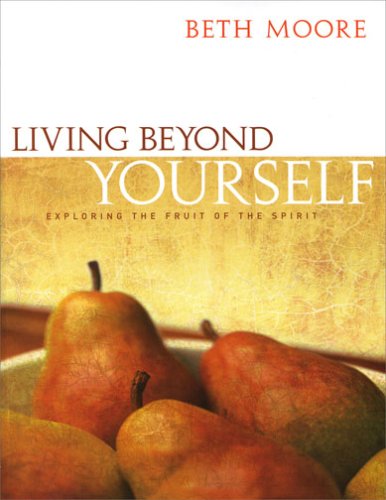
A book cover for Living Beyond Yourself: Exploring the Fruit of the Spirit; Beth Moore; Christian Books & Bibles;